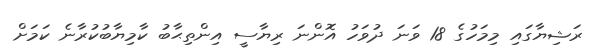
ރަޝިޔާގައި މިމަހުގެ 18 ވަނަ ދުވަހު އޮންނަ ރިޔާސީ އިންތިޙާބު ކާމިޔާބުކުރާނެ ކަމަށް